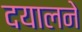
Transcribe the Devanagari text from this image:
दयालने